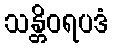
သန္တိဝရပဒံ